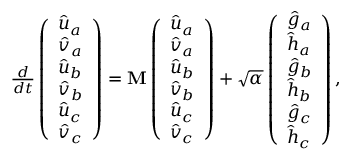
\begin{array} { r } { \frac { d } { d t } \left( \begin{array} { l } { \hat { u } _ { a } } \\ { \hat { v } _ { a } } \\ { \hat { u } _ { b } } \\ { \hat { v } _ { b } } \\ { \hat { u } _ { c } } \\ { \hat { v } _ { c } } \end{array} \right) = \mathbf { M } \left( \begin{array} { l } { \hat { u } _ { a } } \\ { \hat { v } _ { a } } \\ { \hat { u } _ { b } } \\ { \hat { v } _ { b } } \\ { \hat { u } _ { c } } \\ { \hat { v } _ { c } } \end{array} \right) + \sqrt { \alpha } \left( \begin{array} { l } { \hat { g } _ { a } } \\ { \hat { h } _ { a } } \\ { \hat { g } _ { b } } \\ { \hat { h } _ { b } } \\ { \hat { g } _ { c } } \\ { \hat { h } _ { c } } \end{array} \right) , } \end{array}